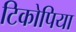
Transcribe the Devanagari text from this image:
टिकोपिया